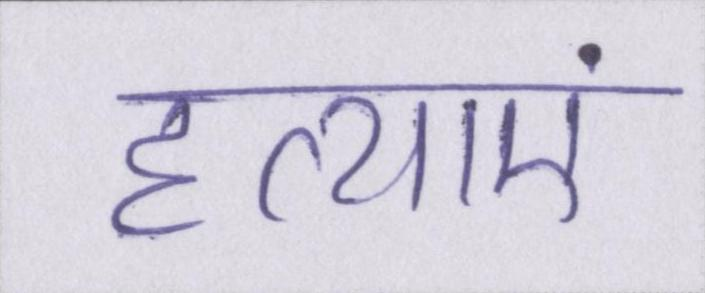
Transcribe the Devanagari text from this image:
हत्याएं